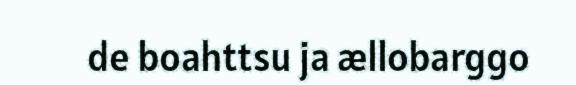
de boahttsu ja ællobarggo